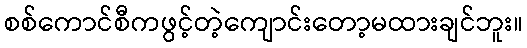
စစ်ကောင်စီကဖွင့်တဲ့ကျောင်းတော့မထားချင်ဘူး။